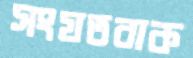
সংযতবাক